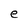
Character: e